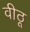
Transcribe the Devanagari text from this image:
वीठू